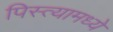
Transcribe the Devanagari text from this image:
पिस्त्यामध्ये